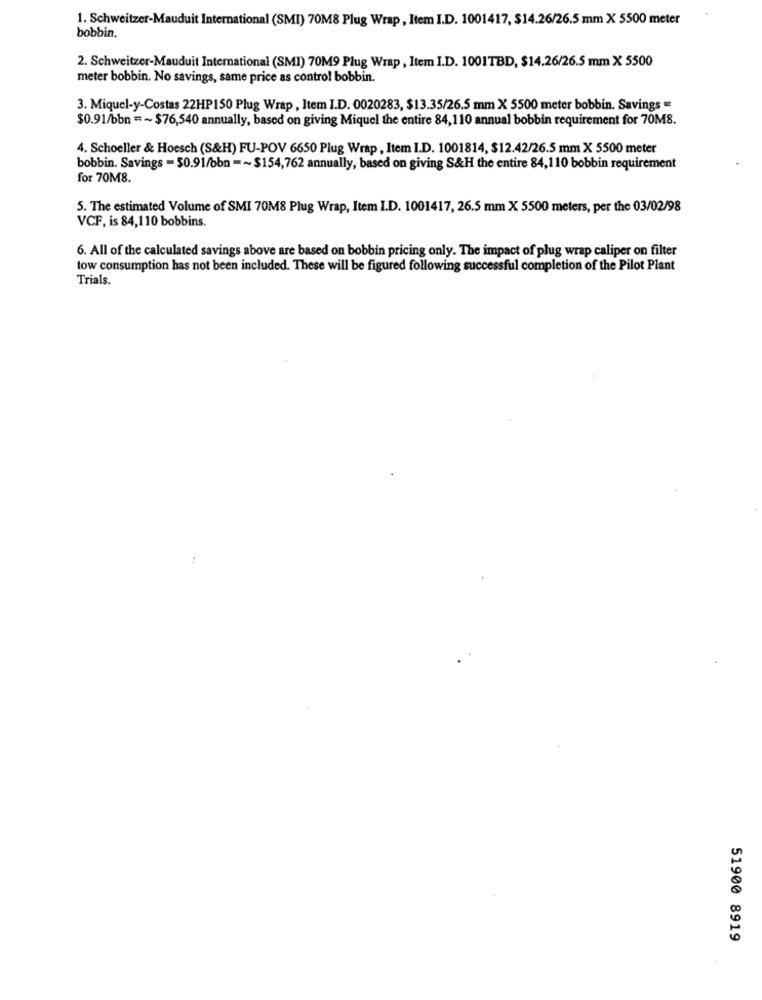
1. Schweitzer-Mauduit International (SMI) 70M8 Plug Wrap , Item I.D. 1001417, $14.26/26.5 mm X 5500 meter
bobbin.
2. Schweitzer-Mauduit International (SMI) 70M9 Plug Wrap , Item I.D. 1001TBD, $14.26/26.5 mm X 5500
meter bobbin. No savings, same price as control bobbin.
3. Miquel-y-Costas 22HP150 Plug Wrap , Item I.D. 0020283, $13.35/26.5 mm X 5500 meter bobbin. Savings =
$0.91/bbn = ~ $76,540 annually, based on giving Miquel the entire 84,110 annual bobbin requirement for 70M8.
4. Schoeller & Hoesch (S&H) FU-POV 6650 Plug Wrap , Item I.D. 1001814, $12.42/26.5 mm X 5500 meter
bobbin. Savings - $0.91/obn =~ $154,762 annually, based on giving S&H the entire 84,110 bobbin requirement
for 70M8.
5. The estimated Volume of SMI 70M8 Plug Wrap, Item I.D. 1001417, 26.5 mm X 5500 meters, per the 03/02/98
VCF, is 84,110 bobbins.
6. All of the calculated savings above are based on bobbin pricing only. The impact of plug wrap caliper on filter
tow consumption has not been included. These will be figured following successful completion of the Pilot Plant
Trials.
51900 8919